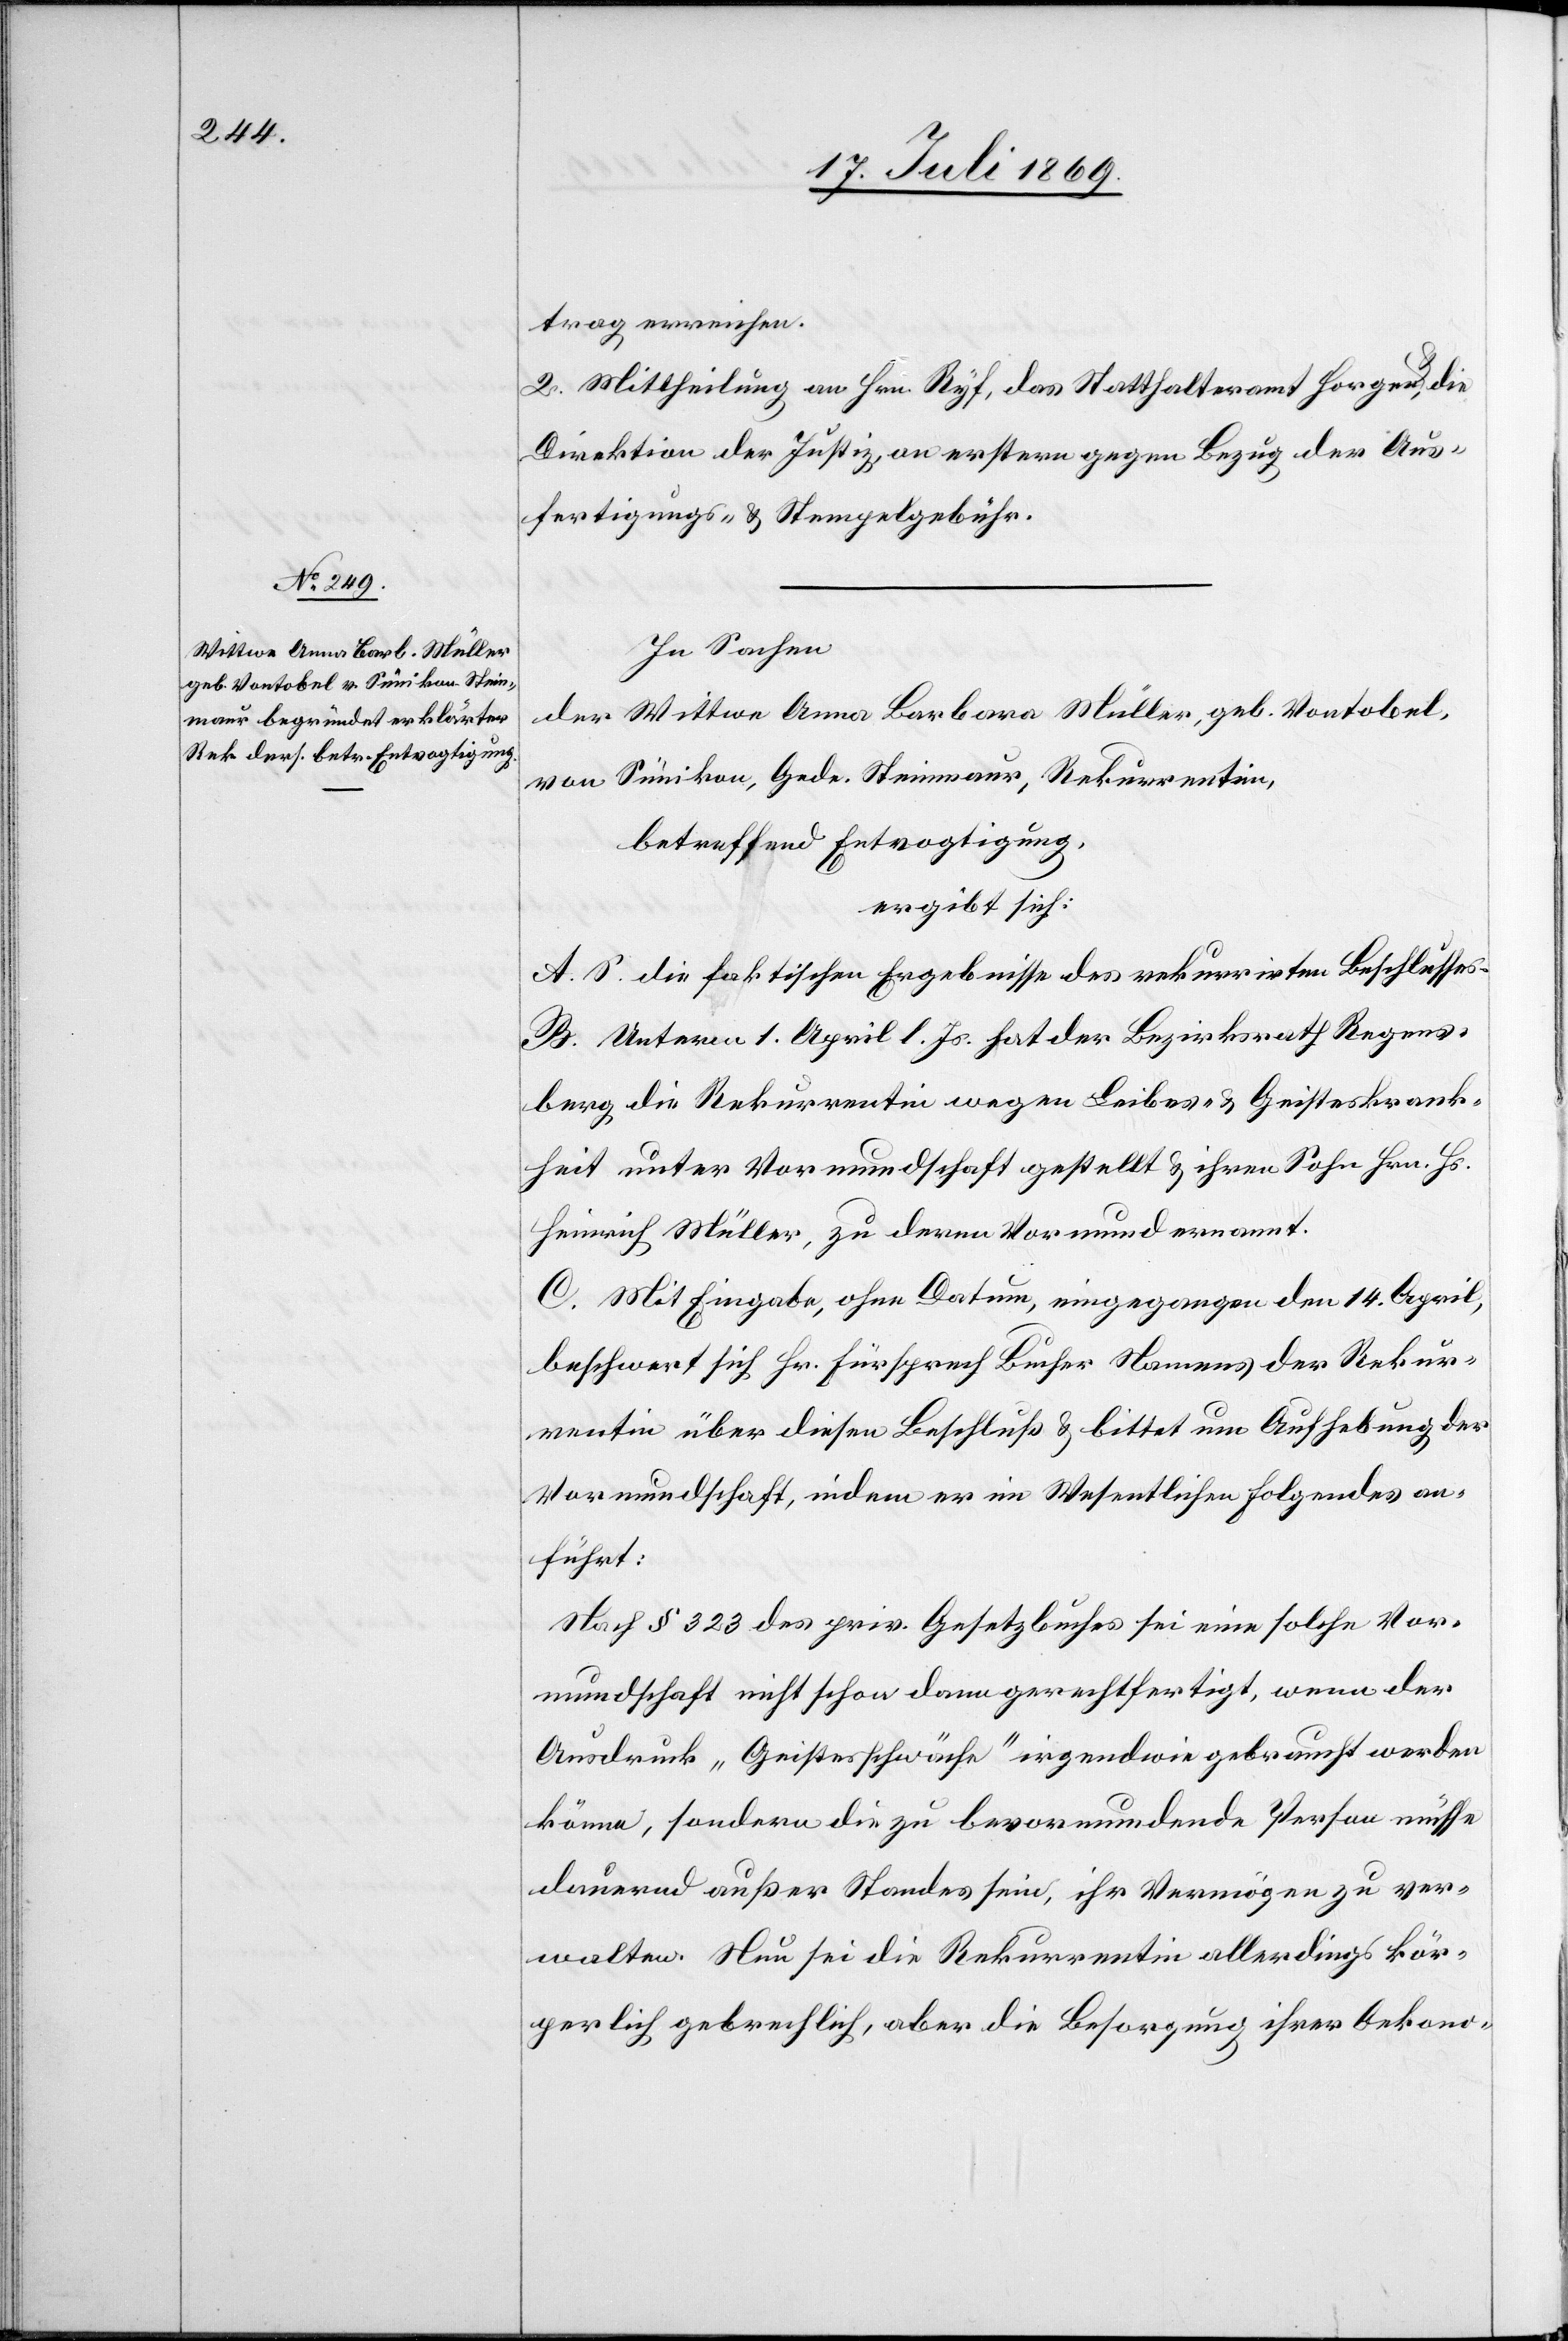
trag erreichen.
2. Mittheilung an Hrn. Ryf, das Statthalteramt Horgen u. die
Direktion der Justiz, an erstern gegen Bezug der Aus¬
fertigungs- u. Stempelgebühren.
In Sachen
der Wittwe Anna Barbara Müller, geb. Vontobel,
von Sünikon, Gede. Steinmaur, Rekurrentin,
betreffend Entvogtigung,
ergibt sich:
A. S. die faktischen Ergebnisse des rekurrirten Beschlusses.
B. Unterm 1. April l. Js. hat der Bezirksrath Regens¬
berg, die Rekurrentin wegen Leibes- u. Geisteskrank¬
heit unter Vormundschaft gestellt u. ihren Sohn Hrn. Hs.
Heinrich Müller, zu deren Vormund ernannt.
C. Mit Eingabe, ohne Datum, eingegangen den 14. April,
beschwert sich Hr. Fürsprech Bucher Namens der Rekur¬
rentin über diesen Beschluß u. bittet um Aufhebung der
Vormundschaft, indem er im Wesentlichen Folgendes an¬
führt:
Nach § 323 des priv. Gesetzbuches sei eine solche Vor¬
mundschaft nicht schon dann gerechtfertigt, wenn der
Ausdruck „Geistesschwäche“ irgendwie gebraucht werden
könne, sondern die zu bevormundende Person müsse
dauernd außer Standes sein, ihr Vermögen zu ver¬
walten. Nun sei die Rekurrentin allerdings kör¬
perlich gebrechlich, aber die Besorgung ihrer Oekono-